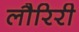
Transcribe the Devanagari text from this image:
लौरिरी